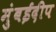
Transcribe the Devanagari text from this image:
मुंबईदीप